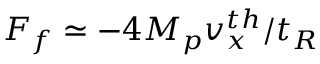
F _ { f } \simeq - 4 M _ { p } v _ { x } ^ { t h } / t _ { R }